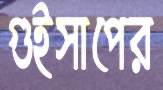
গুইসাপের